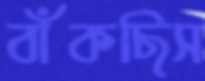
বাঁকছিস